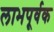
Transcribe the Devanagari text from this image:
लाभपूर्वक